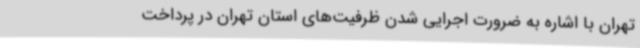
تهران با اشاره به ضرورت اجرایی شدن ظرفیت‌های استان تهران در پرداخت